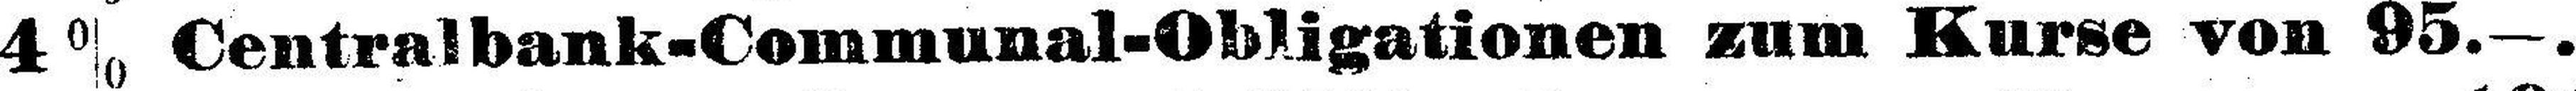
4 % Centralbank-Communal-Obligationen zum Kurse von 95.—.